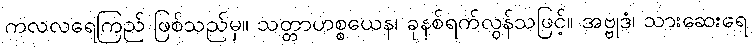
ကလလရေကြည် ဖြစ်သည်မှ။ သတ္တာဟစ္စယေန၊ ခုနစ်ရက်လွန်သဖြင့်။ အဗ္ဗုဒံ၊ သားဆေးရေ